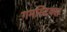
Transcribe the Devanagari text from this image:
गमस्टिक्स